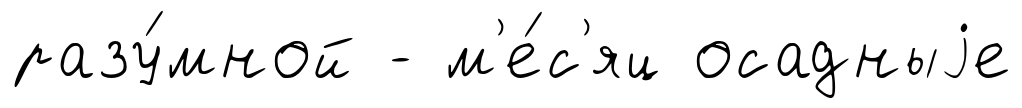
разу́мной - м'е́с'яц осадныjе